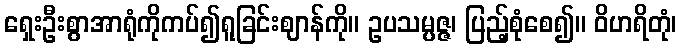
ရှေးဦးစွာအာရုံကိုကပ်၍ရူခြင်းဈာန်ကို။ ဥပသမ္ပဇ္ဇ၊ ပြည့်စုံစေ၍။ ဝိဟရိတုံ၊